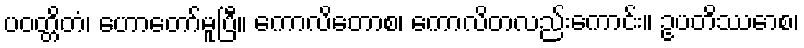
ပဝတ္တိတံ၊ ဟောတော်မူပြီ။ ကောလိတောစ၊ ကောလိတလည်းကောင်း။ ဥပတိဿောစ၊